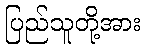
ပြည်သူတို့အား